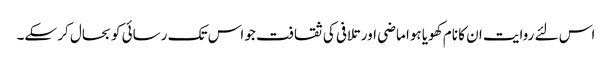
اس لئے روایت ان کا نام کھویا ہوا ماضی اور تلافی کی ثقافت جو اس تک رسائی کو بحال کر سکے۔